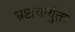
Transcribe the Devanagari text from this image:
भ्रष्टाचार्युक्त